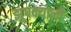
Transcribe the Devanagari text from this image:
झुपक्यानी